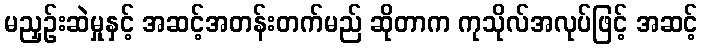
မညှဉ်းဆဲမှုနှင့် အဆင့်အတန်းတက်မည် ဆိုတာက ကုသိုလ်အလုပ်ဖြင့် အဆင့်